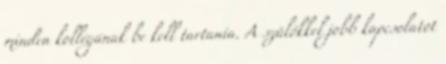
minden kollégának be kell tartania. A szülőkkel jobb kapcsolatot